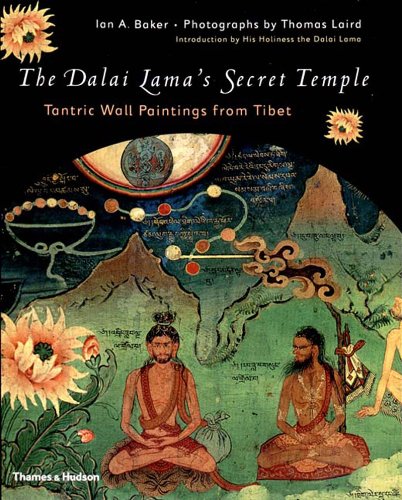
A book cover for The Dalai Lama's Secret Temple: Tantric Wall Paintings from Tibet; Ian Baker; Religion & Spirituality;